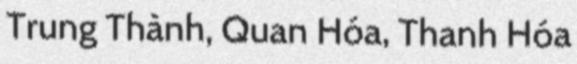
Trung Thành, Quan Hóa, Thanh Hóa